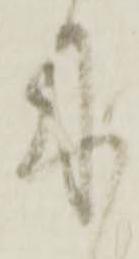
来